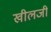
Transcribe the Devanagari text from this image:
खीलजी